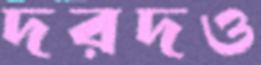
দরদও